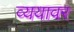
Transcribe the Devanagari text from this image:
व्ययावर